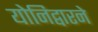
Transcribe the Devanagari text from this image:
योनिद्वारने